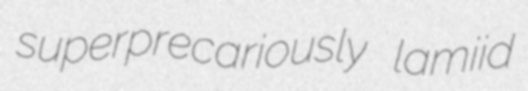
superprecariously lamiid